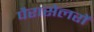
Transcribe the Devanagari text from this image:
पैरासेलरों